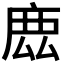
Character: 𢉖